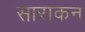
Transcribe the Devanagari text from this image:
साराकन